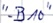
Text: "-B10"